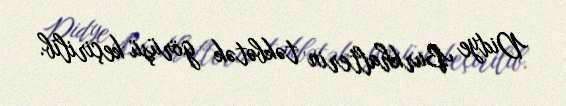
Didye Burkhalterin təkbətək görüşü keçirilib.